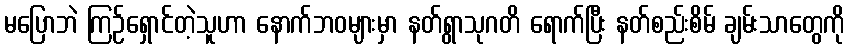
မပြောဘဲ ကြဉ်ရှောင်တဲ့သူဟာ နောက်ဘဝများမှာ နတ်ရွာသုဂတိ ရောက်ပြီး နတ်စည်းစိမ် ချမ်းသာတွေကို